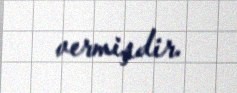
vermişdir.